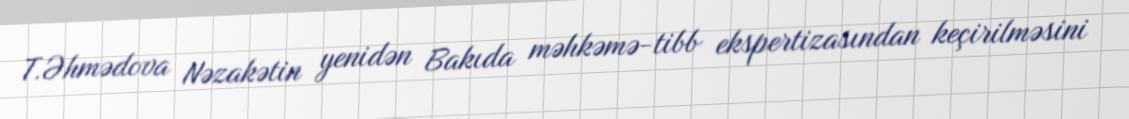
T.Əhmədova Nəzakətin yenidən Bakıda məhkəmə-tibb ekspertizasından keçirilməsini